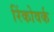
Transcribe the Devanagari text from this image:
रिंकोवर्क